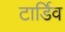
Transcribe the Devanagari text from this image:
टार्डिव